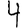
Digit: 4